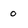
Character: 0